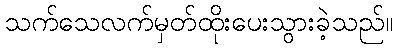
သက်သေလက်မှတ်ထိုးပေးသွားခဲ့သည်။